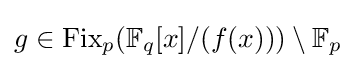
{\textstyle g\in {\text{Fix}}_{p}(\mathbb {F} _{q}[x]/(f(x)))\setminus \mathbb {F} _{p}}